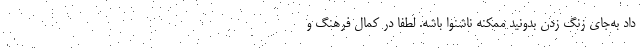
داد به‌جای زنگ زدن بدونید ممکنه ناشنوا باشه. لطفاً در کمال فرهنگ و